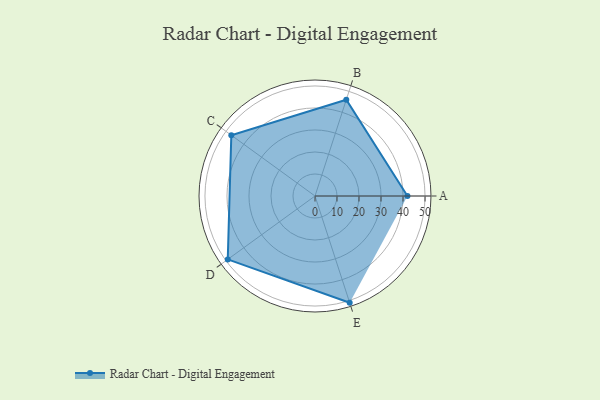
{"axis": {"x": "Skill", "y": "Score"}, "legend": ["Profile"], "data": [{"x": "A", "y": 42.0, "type": "Profile"}, {"x": "B", "y": 46.0, "type": "Profile"}, {"x": "C", "y": 47.0, "type": "Profile"}, {"x": "D", "y": 49.0, "type": "Profile"}, {"x": "E", "y": 51.0, "type": "Profile"}]}